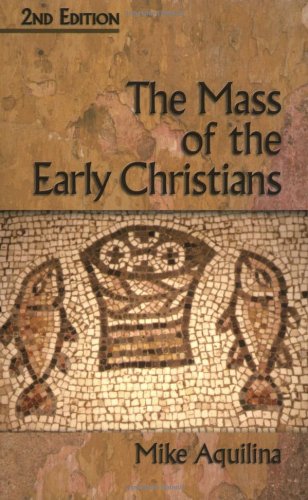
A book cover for The Mass of the Early Christians; Mike Aquilina; Religion & Spirituality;